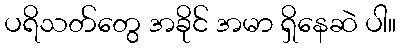
ပရိသတ်တွေ အခိုင် အမာ ရှိနေဆဲ ပါ။